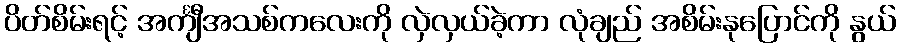
ပိတ်စိမ်းရင့် အင်္ကျီအသစ်ကလေးကို လှဲလှယ်ခဲ့ကာ လုံချည် အစိမ်းနုပြောင်ကို နွယ်